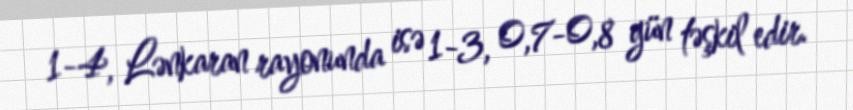
1-4, Lənkaran rayonunda isə 1-3, 0,7-0,8 gün təşkil edir.